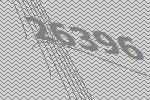
26396